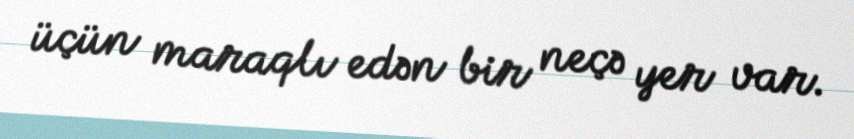
üçün maraqlı edən bir neçə yer var.